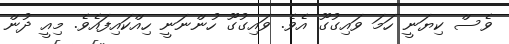
ވެސް ކިޔަނީ ހަމަ ވައިގުގޫ އެވެ. ވައިގުގޫ ހުންނަނީ ހިއްކައިފައެވެ. މިއީ ދުން